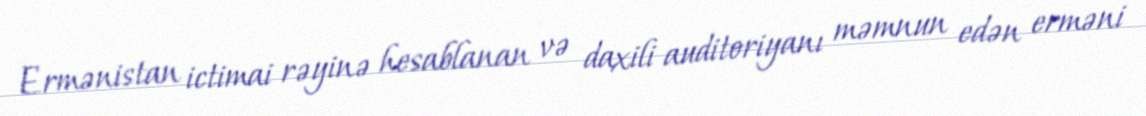
Ermənistan ictimai rəyinə hesablanan və daxili auditoriyanı məmnun edən erməni